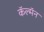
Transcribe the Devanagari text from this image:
कॅल्मॅन